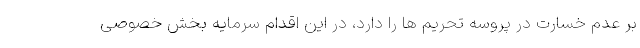
بر عدم خسارت در پروسه تحریم ها را دارد، در این اقدام سرمایه بخش خصوصی